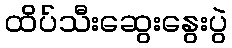
ထိပ်သီးဆွေးနွေးပွဲ